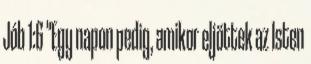
Jób 1:6 "Egy napon pedig, amikor eljöttek az Isten